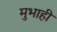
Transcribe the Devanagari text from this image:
मुभाही